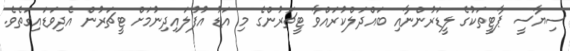
ސިޔާސީ ޕާޓީތަކުގެ ލީޑަރުންނާއި ބައްދަލްކުރައްވާ ޓީޗަރުންގެ މި އަޑު އުފުލައިދިނުމަށް ޓީޗަރުން އެދިވަޑައިގަތެވެ.